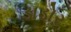
ડાડોર